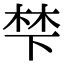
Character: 梺